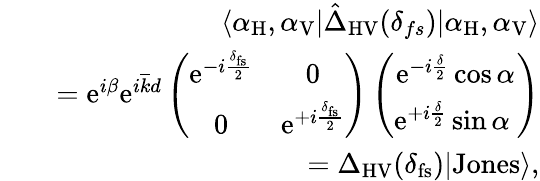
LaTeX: \begin{array}{rlr}&{}&{\langle\alpha_{\mathrm{H}},\alpha_{\mathrm{V}}|\hat{\Delta}_{\mathrm{HV}}(\delta_{fs})|\alpha_{\mathrm{H}},\alpha_{\mathrm{V}}\rangle}\\ &{}&{=\mathrm{e}^{i\beta}\mathrm{e}^{i\overline{{k}}d}\left(\begin{array}{cc}{\mathrm{e}^{-i\frac{\delta_{\mathrm{fs}}}{2}}}&{0}\\ {0}&{\mathrm{e}^{+i\frac{\delta_{\mathrm{fs}}}{2}}}\end{array}\right)\left(\begin{array}{c}{\mathrm{e}^{-i\frac{\delta}{2}}\cos\alpha}\\ {\mathrm{e}^{+i\frac{\delta}{2}}\sin\alpha\ }\end{array}\right)}\\ &{}&{=\Delta_{\mathrm{HV}}(\delta_{\mathrm{fs}})|\mathrm{Jones}\rangle,}\end{array}